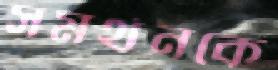
সমর্থনকে